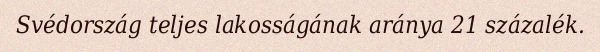
Svédország teljes lakosságának aránya 21 százalék.